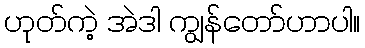
ဟုတ်ကဲ့ အဲဒါ ကျွန်တော်ဟာပါ။